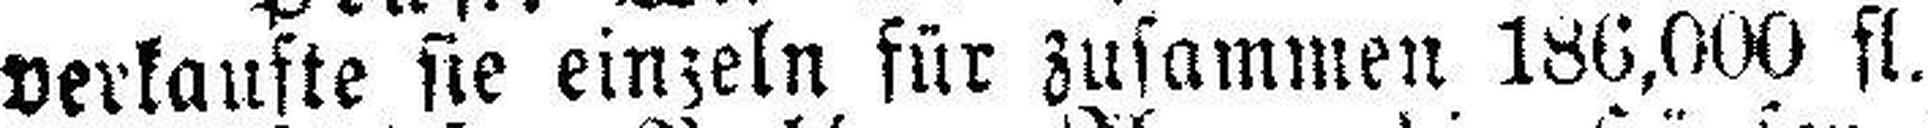
verkaufte sie einzeln für zusammen 186,000 fl.